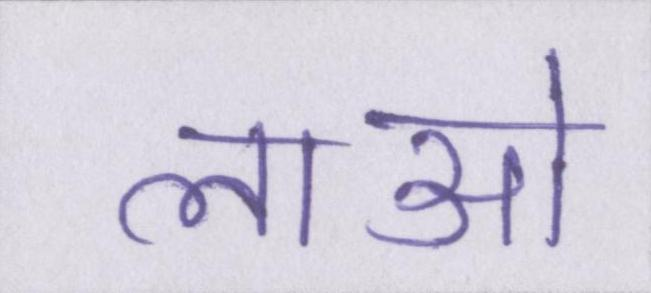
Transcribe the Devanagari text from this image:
लाओ